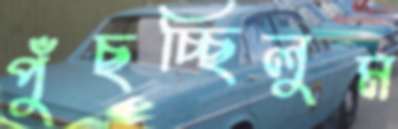
পুঁছচ্ছিলুম